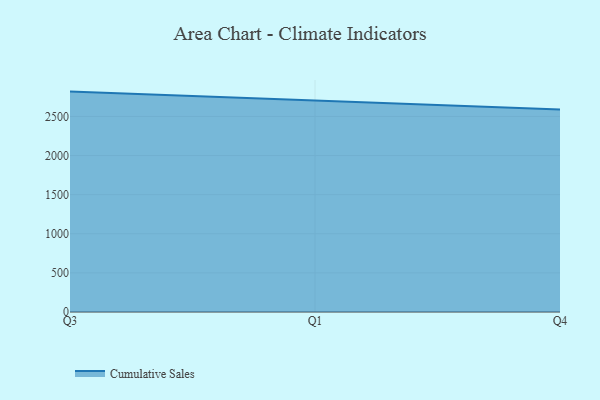
{"axis": {"x": "Quarter", "y": "Budget (USD K)"}, "legend": ["Cumulative Sales"], "data": [{"x": "Q3", "y": 2817.6, "type": "Cumulative Sales"}, {"x": "Q1", "y": 2703.1, "type": "Cumulative Sales"}, {"x": "Q4", "y": 2589.3, "type": "Cumulative Sales"}]}